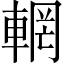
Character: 輞